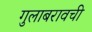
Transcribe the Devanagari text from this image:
गुलाबरावची